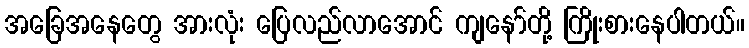
အခြေအနေတွေ အားလုံး ပြေလည်လာအောင် ကျနော်တို့ ကြိုးစားနေပါတယ်။